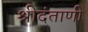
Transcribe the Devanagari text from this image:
श्रीदंताणी